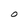
Character: O